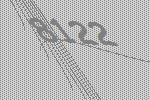
8122